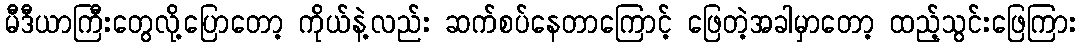
မီဒီယာကြီးတွေလို့ပြောတော့ ကိုယ်နဲ့လည်း ဆက်စပ်နေတာကြောင့် ဖြေတဲ့အခါမှာတော့ ထည့်သွင်းဖြေကြား